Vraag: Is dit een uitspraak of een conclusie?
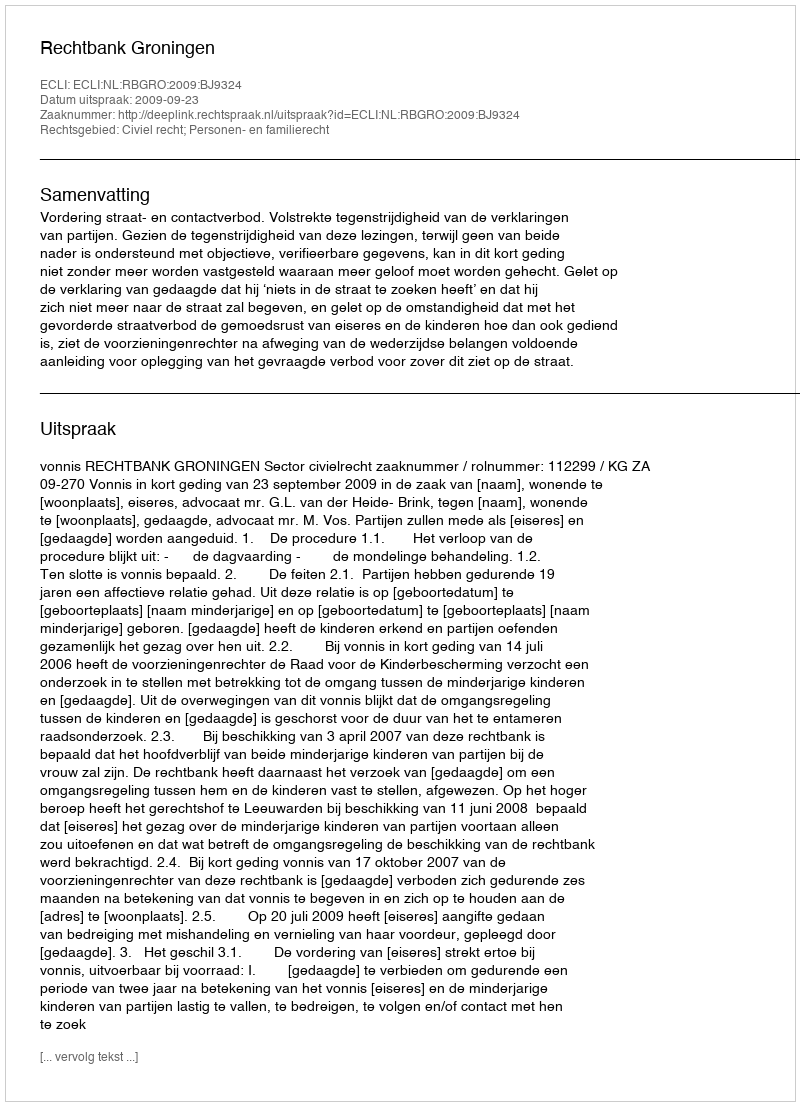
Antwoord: Uitspraak